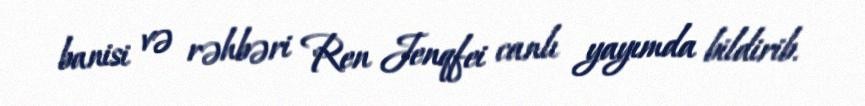
banisi və rəhbəri Ren Jenqfei canlı yayımda bildirib.